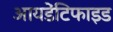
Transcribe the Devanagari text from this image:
आयडेंटिफाइड